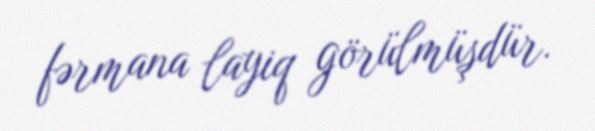
fərmana layiq görülmüşdür.